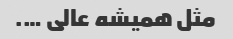
مثل همیشه عالی ….